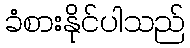
ခံစားနိုင်ပါသည်